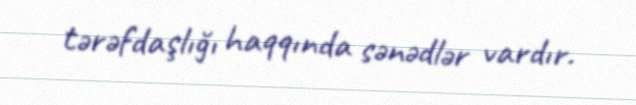
tərəfdaşlığı haqqında sənədlər vardır.